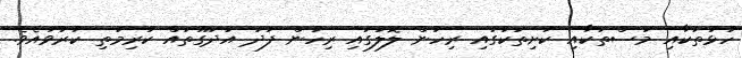
ހުޅުތަކާއި މަސްތަކާއި ކަށިތަކުގައި ރިހުން ލޮލުގައި ރިހުން ފަދަ އުދަގޫތައް ކުރިމަތި ކުރުވައެވެ.